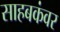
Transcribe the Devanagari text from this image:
साहबकंवर